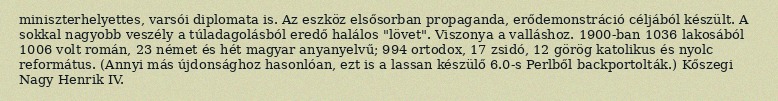
miniszterhelyettes, varsói diplomata is. Az eszköz elsősorban propaganda, erődemonstráció céljából készült. A sokkal nagyobb veszély a túladagolásból eredő halálos "lövet". Viszonya a valláshoz. 1900-ban 1036 lakosából 1006 volt román, 23 német és hét magyar anyanyelvű; 994 ortodox, 17 zsidó, 12 görög katolikus és nyolc református. (Annyi más újdonsághoz hasonlóan, ezt is a lassan készülő 6.0-s Perlből backportolták.) Kőszegi Nagy Henrik IV.